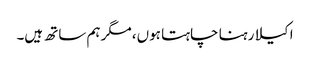
اکیلا رہنا چاہتا ہوں، مگر ہم ساتھ ہیں۔